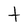
Character: t